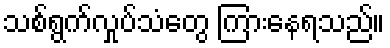
သစ်ရွက်လှုပ်သံတွေ ကြားနေရသည်။